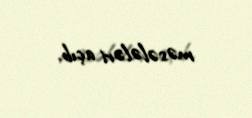
məsələləri açıb.